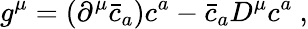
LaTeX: g^{\mu}=(\partial^{\mu}\bar{c}_{a})c^{a}-\bar{c}_{a}D^{\mu}c^{a}~,